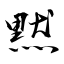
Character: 黙